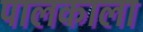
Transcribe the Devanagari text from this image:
पालकाला